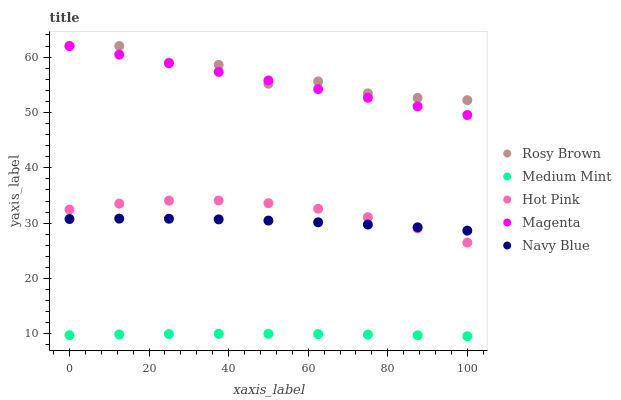
| xaxis_label | Rosy Brown | Medium Mint | Hot Pink | Magenta | Navy Blue |
 | --- | --- | --- | --- | --- | --- |
 | 0 | 62 | 9.76 | 32.5 | 62 | 30.8 |
 | 12.5 | 62 | 9.89 | 33.5 | 60.4 | 30.8 |
 | 25 | 59 | 9.97 | 34.1 | 58.9 | 30.8 |
 | 37.5 | 58.6 | 10 | 34.1 | 57.3 | 30.7 |
 | 50 | 55.2 | 10 | 33.6 | 55.8 | 30.5 |
 | 62.5 | 55.6 | 9.96 | 32.6 | 54.2 | 30.2 |
 | 75 | 53.4 | 9.87 | 31.1 | 52.7 | 29.8 |
 | 87.5 | 52.6 | 9.74 | 29 | 51.1 | 29.2 |
 | 100 | 52.2 | 9.57 | 26.5 | 49.5 | 28.7 |